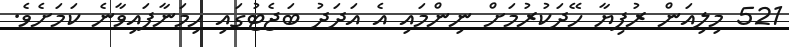
521 މިލިއަން ރުފިޔާ ހޭދަކުރުމަށް ނިންމައި އެ އަދަދު ބަޖެޓުގައި ހިމަނާފައިވާނެ ކަމަށެވެ.